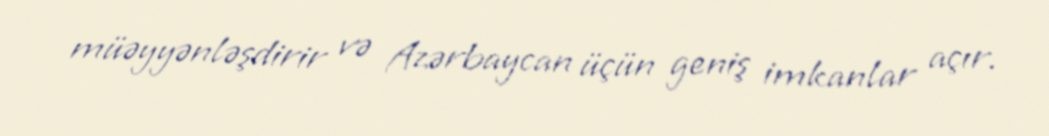
müəyyənləşdirir və Azərbaycan üçün geniş imkanlar açır.